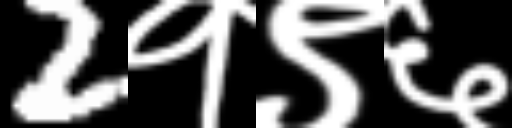
Text: 2१९६